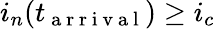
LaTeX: i_{n}(t_{\mathrm{~a~r~r~i~v~a~l~}})\geq i_{c}